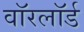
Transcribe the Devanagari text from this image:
वॉरलॉर्ड